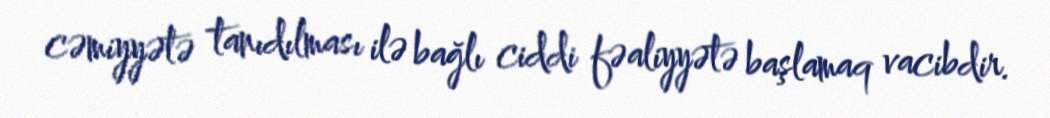
cəmiyyətə tanıdılması ilə bağlı ciddi fəaliyyətə başlamaq vacibdir.